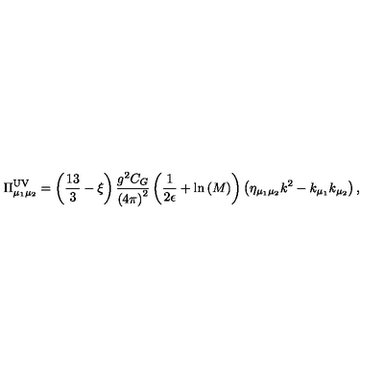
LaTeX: \Pi _ { \mu _ { 1 } \mu _ { 2 } } ^ { \mathrm { U V } } = \left( \frac { 1 3 } { 3 } - \xi \right) \frac { g ^ { 2 } C _ { G } } { \left( 4 \pi \right) ^ { 2 } } \left( \frac { 1 } { 2 \epsilon } + \mathrm { l n } \left( M \right) \right) \left( \eta _ { \mu _ { 1 } \mu _ { 2 } } k ^ { 2 } - k _ { \mu _ { 1 } } k _ { \mu _ { 2 } } \right) ,